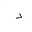
Letter: _dal